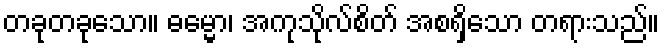
တခုတခုသော။ ဓမ္မော၊ အကုသိုလ်စိတ် အစရှိသော တရားသည်။